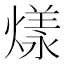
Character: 𤎔